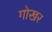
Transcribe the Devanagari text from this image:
गोखर